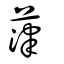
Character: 葏